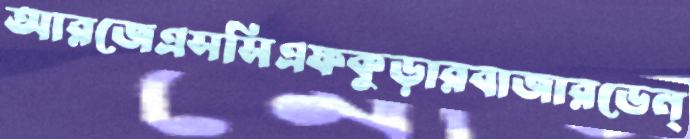
আরজেএসসিএফকুড়ারবাজারডেন্